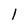
Character: l